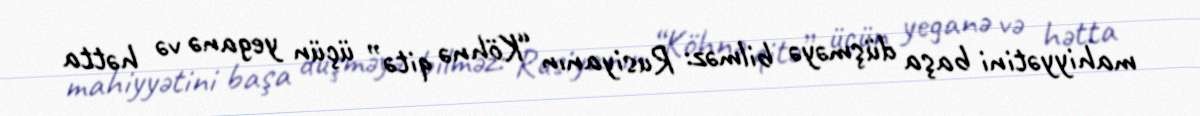
mahiyyətini başa düşməyə bilməz: Rusiyanın “Köhnə qitə” üçün yeganə və hətta